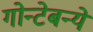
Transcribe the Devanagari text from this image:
गोन्टेबन्ये